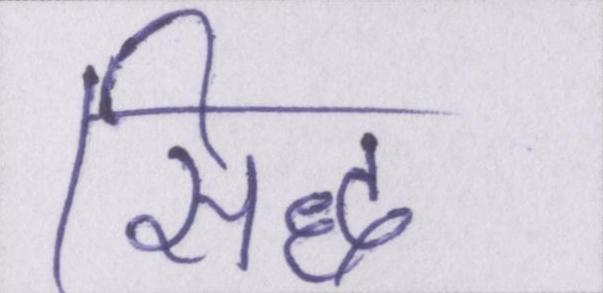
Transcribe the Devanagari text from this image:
सिद्ध